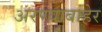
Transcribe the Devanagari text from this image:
अरण्याबाहेर